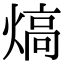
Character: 熇